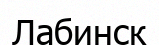
Лабинск